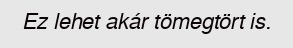
Ez lehet akár tömegtört is.